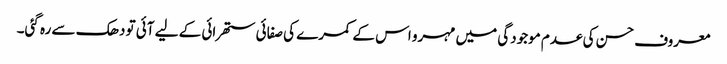
معروف حسن کی عدم موجودگی میں مہرو اس کے کمرے کی صفائی ستھرائی کے لیے آئی تو دھک سے رہ گئی۔